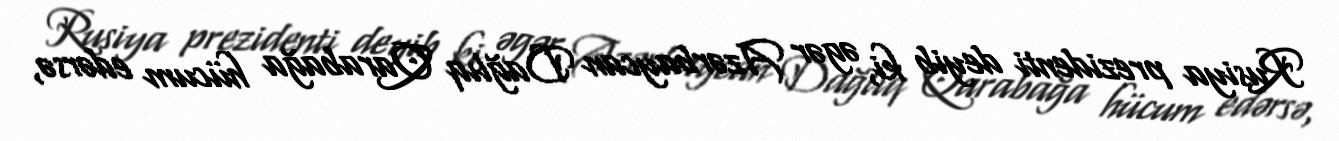
Rusiya prezidenti deyib ki, əgər Azərbaycan Dağlıq Qarabağa hücum edərsə,